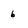
Character: 6